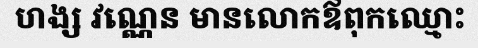
ហង្ស វណ្ណេន មានលោកឪពុកឈ្មោះ